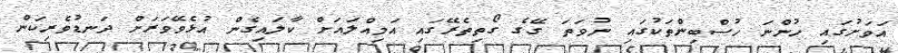
އަވަށުގައި ހުންނަ ހުސްބިންތަކުގައި ނުވަތަ ގޭގެ ގޯތިތެރޭގައި އަމިއްލައަށް ކާލައިގެން އުޅެވޭވަރަށް ދަނޑުވެރިކަން